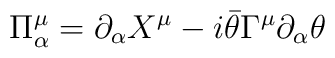
\Pi^{\mu}_{\alpha}=\partial_{\alpha}X^{\mu}- i\bar{\theta}\Gamma^{\mu}\partial_{\alpha}\theta